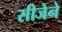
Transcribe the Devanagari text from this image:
सीजेने